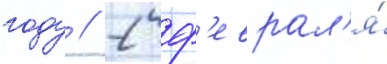
году // 2 ф'еврал'я́